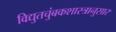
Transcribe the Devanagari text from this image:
विद्युतचुंबकशास्त्रानुसार